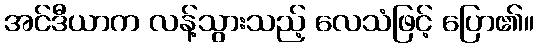
အင်ဒီယာက လန့်သွားသည့် လေသံဖြင့် ပြော၏။